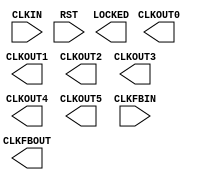
// $Header: /devl/xcs/repo/env/Databases/CAEInterfaces/xec_libs/data/unisims/PLL_BASE.v,v 1.4 2009/08/22 00:32:35 harikr Exp $
///////////////////////////////////////////////////////////////////////////////
// Copyright (c) 1995/2009 Xilinx, Inc.
// All Right Reserved.
///////////////////////////////////////////////////////////////////////////////
//   ____  ____
//  /   /\/   /
// /___/  \  /    Vendor : Xilinx
// \   \   \/     Version : 11.1i (L.11)
//  \   \         Description : Xilinx Formal Library Component
//  /   /
// /___/   /\     Filename : PLL_BASE.v
// \   \  /  \    Timestamp :
//  \___\/\___\
//
// Revision:
//    04/28/09 - Initial version.
// End Revision


`timescale 1 ps / 1 ps 

  module PLL_BASE (
    CLKFBOUT,
    CLKOUT0,
    CLKOUT1,
    CLKOUT2,
    CLKOUT3,
    CLKOUT4,
    CLKOUT5,
    LOCKED,
    CLKFBIN,
    CLKIN,
    RST
  );

  parameter BANDWIDTH = "OPTIMIZED";
  parameter integer CLKFBOUT_MULT = 1;
  parameter real CLKFBOUT_PHASE = 0.0;
  parameter real CLKIN_PERIOD = 0.000;
  parameter integer CLKOUT0_DIVIDE = 1;
  parameter real CLKOUT0_DUTY_CYCLE = 0.5;
  parameter real CLKOUT0_PHASE = 0.0;
  parameter integer CLKOUT1_DIVIDE = 1;
  parameter real CLKOUT1_DUTY_CYCLE = 0.5;
  parameter real CLKOUT1_PHASE = 0.0;
  parameter integer CLKOUT2_DIVIDE = 1;
  parameter real CLKOUT2_DUTY_CYCLE = 0.5;
  parameter real CLKOUT2_PHASE = 0.0;
  parameter integer CLKOUT3_DIVIDE = 1;
  parameter real CLKOUT3_DUTY_CYCLE = 0.5;
  parameter real CLKOUT3_PHASE = 0.0;
  parameter integer CLKOUT4_DIVIDE = 1;
  parameter real CLKOUT4_DUTY_CYCLE = 0.5;
  parameter real CLKOUT4_PHASE = 0.0;
  parameter integer CLKOUT5_DIVIDE = 1;
  parameter real CLKOUT5_DUTY_CYCLE = 0.5;
  parameter real CLKOUT5_PHASE = 0.0;
  parameter CLK_FEEDBACK = "CLKFBOUT";
  parameter COMPENSATION = "SYSTEM_SYNCHRONOUS";
  parameter integer DIVCLK_DIVIDE = 1;
  parameter real REF_JITTER = 0.100;
  parameter RESET_ON_LOSS_OF_LOCK = "FALSE";

  output CLKFBOUT;
  output CLKOUT0;
  output CLKOUT1;
  output CLKOUT2;
  output CLKOUT3;
  output CLKOUT4;
  output CLKOUT5;
  output LOCKED;
  
  input CLKFBIN;
  input CLKIN;
  input RST;

endmodule